Report of the Municipal Commissioner on the plague in Bombay for the year ending 31st May... - Volume 2
Disease focus: Plague
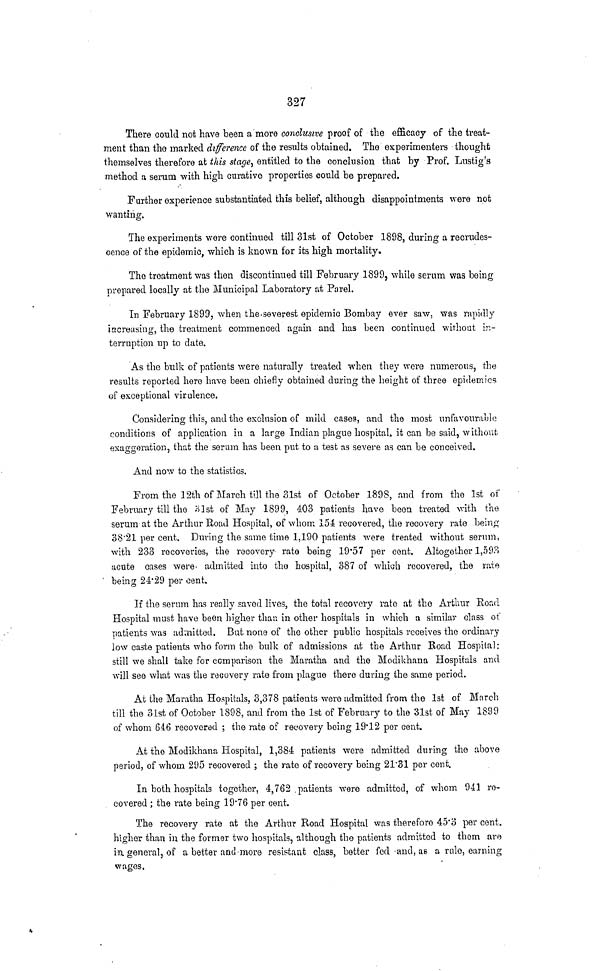
327
There could not have been a more conclusive proof of the efficacy of the treat-
ment than the marked difference of the results obtained. The experimenters thought
themselves therefore at this stage, entitled to the conclusion that by Prof. Lustig's
method a serum with high curative properties could be prepared.
Further experience substantiated this belief, although disappointments were not
wanting.
The experiments were continued till 31st of October 1898, during a recrudes-
cence of the epidemic, which is known for its high mortality.
The treatment was then discontinued till February 1899, while serum was being
prepared locally at the Municipal Laboratory at Parel.
In February 1899, when the severest epidemic Bombay ever saw, was rapidly
increasing, the treatment commenced again and has been continued without in-
terruption up to date.
As the bulk of patients were naturally treated when they wore numerous, the
results reported here have been chiefly obtained during the height of three epidemics
of exceptional virulence.
Considering this, and the exclusion of mild cases, and the most unfavourable
conditions of application in a large Indian plague hospital, it can be said, without
exaggeration, that the serum has been put to a test as severe as can be conceived.
And now to the statistics.
From the 12th of March till the 31st of October 189S, and from the 1st of
February till the 31st of May 1899, 403 patients have been treated with the
serum at the Arthur Road Hospital, of whom 154 recovered, the recovery rate being
38.21 per cent. During the same time 1,190 patients were treated without serum,
with 233 recoveries, the recovery rate being 19.57 per cent. Altogether 1,593
acute cases were admitted into the hospital, 387 of which recovered, the rate
being 24.29 per cent.
If the serum has really saved lives, the total recovery rate at the Arthur Road
Hospital must have been higher than in other hospitals in which a similar class of
patients was admitted. But none of the other public hospitals receives the ordinary
low caste patients who form the bulk of admissions at the Arthur Road Hospital;
still we shall take for comparison the Maratha and the Modikhana Hospitals and
will see what was the recovery rate from plague there during the same period.
At the Maratha Hospitals, 3,378 patients were admitted from the 1st of March
till the 31st of October 1898, and from the 1st of February to the 31st of May 1899
of whom 646 recovered ; the rate of recovery being 19.12 per cent.
At the Modikhana Hospital, 1,384 patients were admitted during the above
period, of whom 295 recovered ; the rate of recovery being 21*31 per cent.
In both hospitals together, 4,762 patients were admitted, of whom 941 re
covered ; the rate being 19.76 per cent.
The recovery rate at the Arthur Road Hospital was therefore 45.3 per cent.
higher than in the former two hospitals, although the patients admitted to them aro
in general, of a better and more resistant class, better fed and, as a rule, earning
wages.